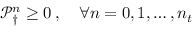
\mathcal P _ { \dagger } ^ { n } \ge 0 \, , \quad \forall n = 0 , 1 , \hdots , n _ { t }